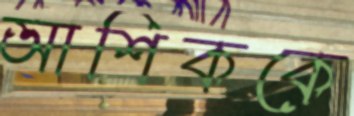
আশিককে